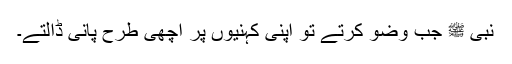
نبی ﷺ جب وضو کرتے تو اپنی کہنیوں پر اچھی طرح پانی ڈالتے۔